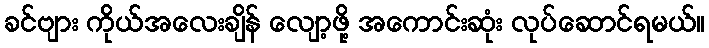
ခင်ဗျား ကိုယ်အလေးချိန် လျော့ဖို့ အကောင်းဆုံး လုပ်ဆောင်ရမယ်။